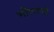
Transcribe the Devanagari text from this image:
भीलरूपी